Leaving Certificate, 1896
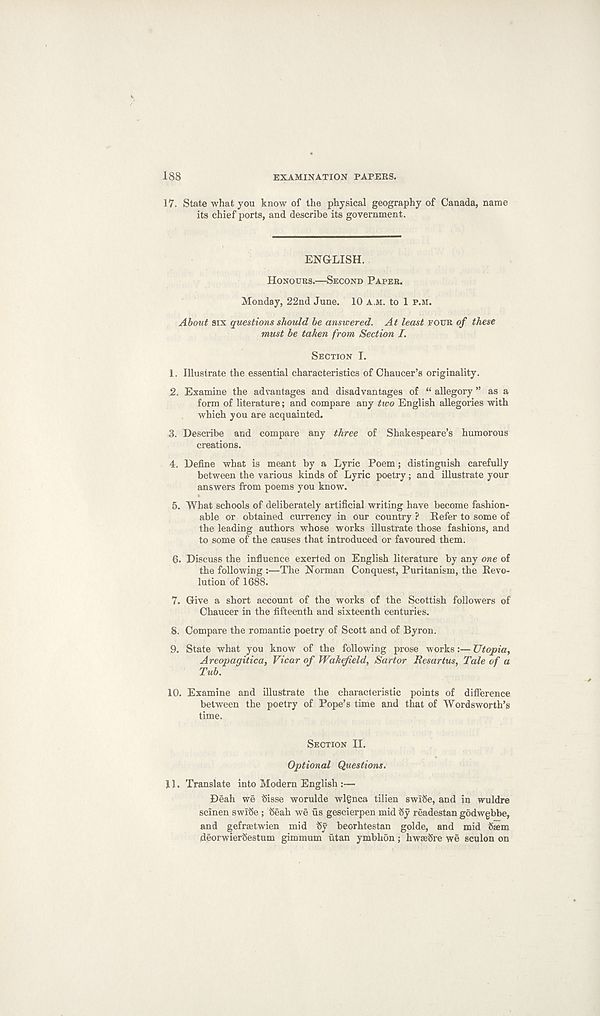
188
EXAMINATION PAPERS.
17. State what you know of the physical geography of Canada, name
its chief ports, and describe its government.
ENGLISH.
HONOURS.—SECOND PAPER.
Monday, 22nd June. 10 A.M. to 1 P.M.
About six questions should be answered. At leant POUR of these
must be taken from Section I.
SECTION I.
1. Illustrate the essential characteristics of Chaucer’s originality.
2. Examine the advantages and disadvantages of “ allegory ” as a
form of literature; and compare any two English allegories with
which you are acquainted.
3. Describe and compare any three of Shakespeare’s humorous
creations.
4. Define what is meant by a Lyric Poem; distinguish carefully
between the various kinds of Lyric poetry; and illustrate your
answers from poems you know.
5. "What schools of deliberately artificial writing have become fashion-
able or obtained currency in our country ? Refer to some of
the leading authors whose works illustrate those fashions, and
to some of the causes that introduced or favoured them.
6. Discuss the influence exerted on English literature by any one of
the following :—The Norman Conquest, Puritanism, the Revo-
lution of 1688.
7. Give a short account of the works of the Scottish followers of
Chaucer in the fifteenth and sixteenth centuries.
S. Compare the romantic poetry of Scott and of Byron.
9. State what you know of the following prose works:— Utopia,
Areopagitica, Vicar of Wakefield, Sartor Resartus, Tale of a
Tub.
10. Examine and illustrate the characteristic points of difference
between the poetry of Pope’s time and that of Wordsworth’s
time.
SECTION II.
Optional Questions.
11.
Translate in
Deah we Sisse worulde wlgnca tilien swISe, and in wuldre
sclnen swlSe ; fieah we us gescierpen mid Sy readestan godwgbbe,
and gefraetwien mid $y beorhtestan golde, and mid Stem
deorwierSestum gimmum titan ymbhon ; hwieSre we sculon on